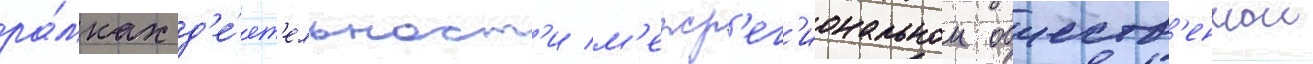
ра́мках д'е́ят'ельност'и м'ежр'ег'иональнои обществ'еннои